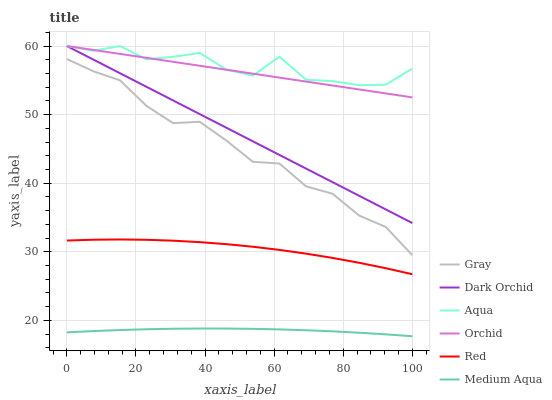
| xaxis_label | Gray | Dark Orchid | Aqua | Orchid | Red | Medium Aqua |
 | --- | --- | --- | --- | --- | --- | --- |
 | 0 | 58.1 | 60 | 60 | 60 | 31.6 | 18.2 |
 | 7.69 | 56.3 | 58 | 59.3 | 59.4 | 31.8 | 18.4 |
 | 15.4 | 55 | 56 | 60 | 58.8 | 31.8 | 18.6 |
 | 23.1 | 51.3 | 54 | 58.1 | 58.3 | 31.7 | 18.7 |
 | 30.8 | 48.8 | 52.1 | 58.4 | 57.7 | 31.6 | 18.8 |
 | 38.5 | 49 | 50.1 | 59 | 57.1 | 31.4 | 18.8 |
 | 46.2 | 46.2 | 48.1 | 56.6 | 56.5 | 31.1 | 18.8 |
 | 53.8 | 43.1 | 46.1 | 55.7 | 56 | 30.7 | 18.8 |
 | 61.5 | 42.9 | 44.1 | 58.4 | 55.4 | 30.3 | 18.7 |
 | 69.2 | 39.5 | 42.1 | 55.1 | 54.8 | 29.7 | 18.6 |
 | 76.9 | 38.5 | 40.1 | 54.9 | 54.2 | 29.1 | 18.4 |
 | 84.6 | 35.3 | 38.2 | 54.3 | 53.7 | 28.4 | 18.2 |
 | 92.3 | 33.6 | 36.2 | 54.4 | 53.1 | 27.6 | 18 |
 | 100 | 29.5 | 34.2 | 56.7 | 52.5 | 26.7 | 17.7 |